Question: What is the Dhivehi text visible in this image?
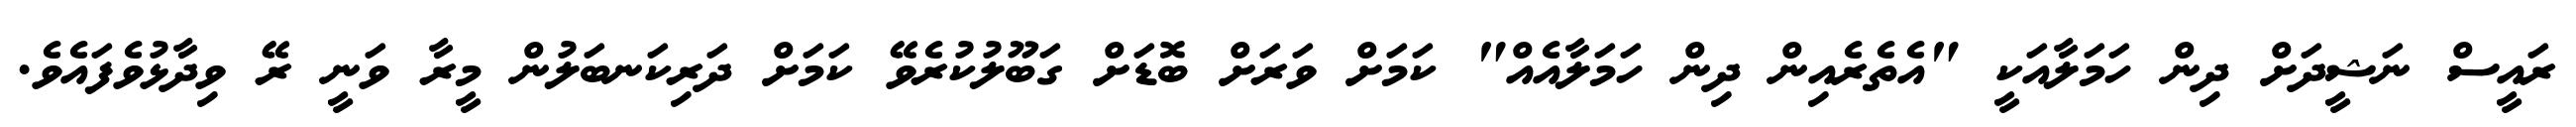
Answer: ރައީސް ނަޝީދަށް ދިން ހަމަލާއަކީ "އެތެރެއިން ދިން ހަމަލާއެއް" ކަމަށް ވަރަށް ބޮޑަށް ގަބޫލުކުރެވޭ ކަމަށް ދަރިކަނބަލުން މީރާ ވަނީ ރޭ ވިދާޅުވެފައެވެ.